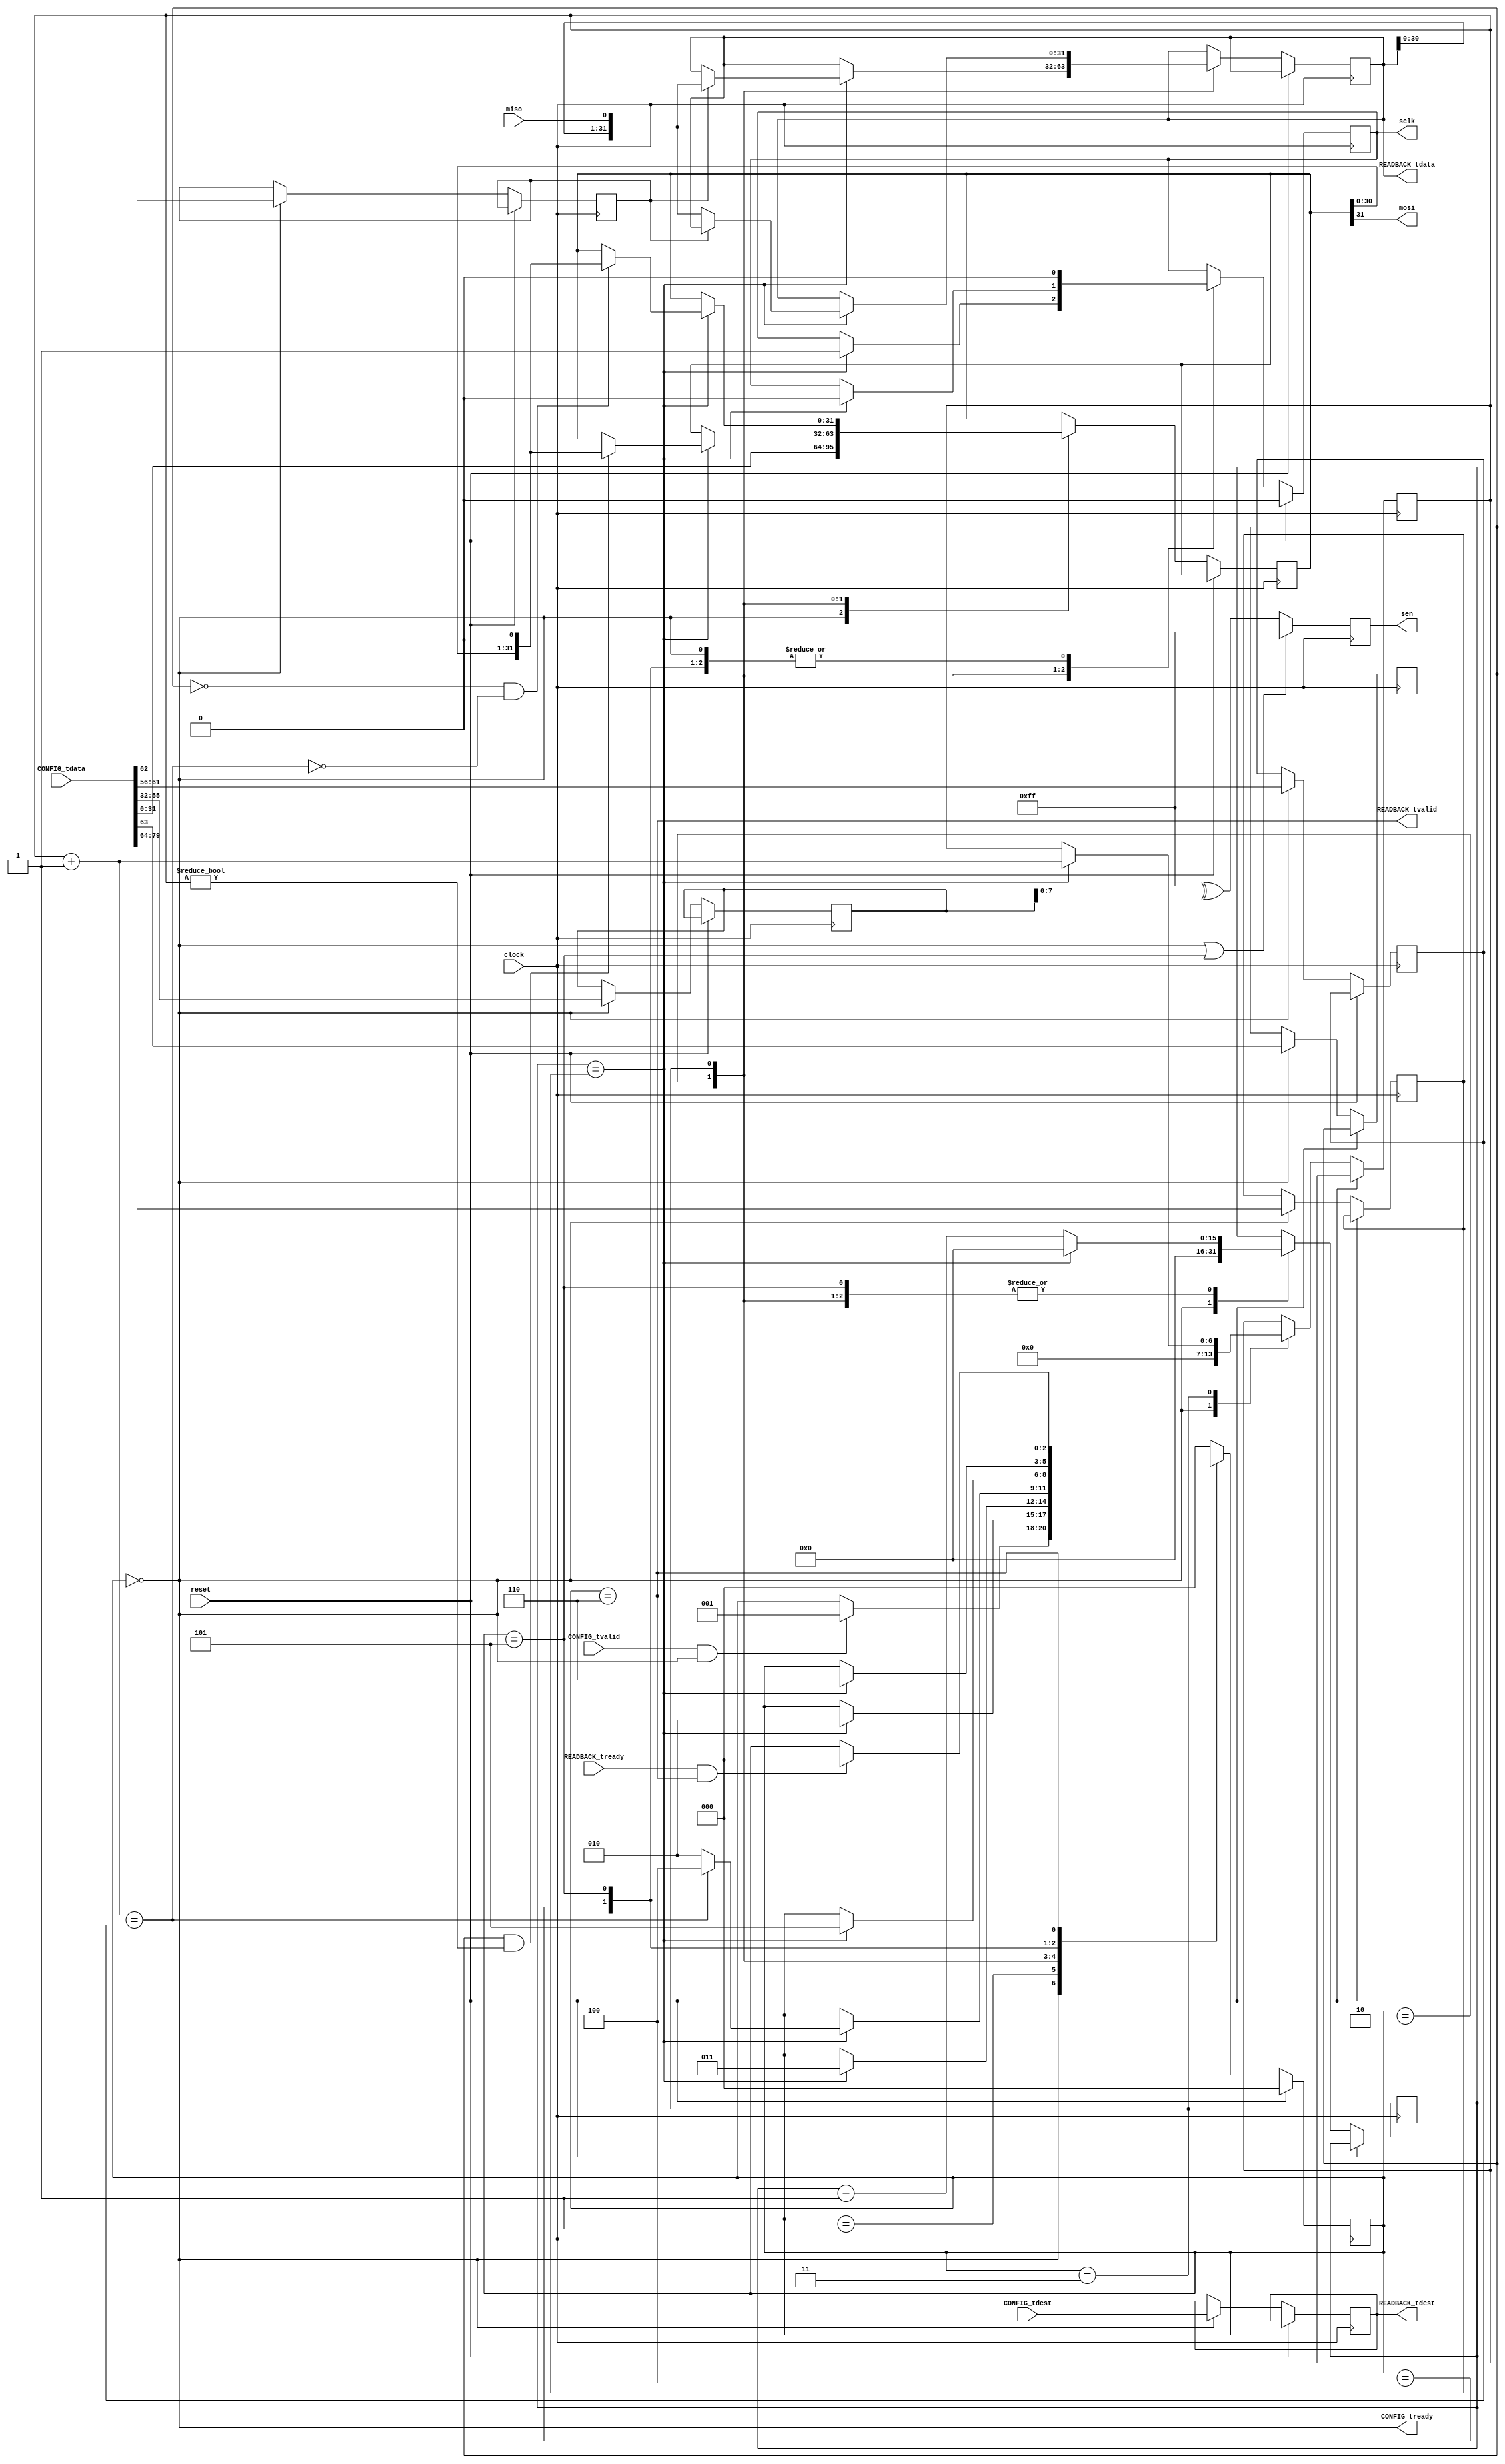
//
// Copyright 2012 Ettus Research LLC
//
// This program is free software: you can redistribute it and/or modify
// it under the terms of the GNU General Public License as published by
// the Free Software Foundation, either version 3 of the License, or
// (at your option) any later version.
//
// This program is distributed in the hope that it will be useful,
// but WITHOUT ANY WARRANTY; without even the implied warranty of
// MERCHANTABILITY or FITNESS FOR A PARTICULAR PURPOSE.  See the
// GNU General Public License for more details.
//
// You should have received a copy of the GNU General Public License
// along with this program.  If not, see <http://www.gnu.org/licenses/>.
//

// Simple SPI core, the simplest, yet complete spi core I can think of

// Settings register controlled.
// 2 settings regs, control and data
// 1 32-bit readback and status signal

// Settings reg map:
//
// BASE+0 divider setting
// bits [15:0] spi clock divider
//
// BASE+1 configuration input
// bits [23:0] slave select, bit0 = slave0 enabled
// bits [29:24] num bits (1 through 32)
// bit [30] data input edge = in data bit latched on rising edge of clock
// bit [31] data output edge = out data bit latched on rising edge of clock
//
// BASE+2 input data
// Writing this register begins a spi transaction.
// Bits are latched out from bit 0.
// Therefore, load this register in reverse.
//
// Readback
// Bits are latched into bit 0.
// Therefore, data will be in-order.

module axis_spi_core
    #(
        //set to 1 for ILA
        parameter DEBUG = 0,

        //tdest width for number of core users
        parameter DESTW = 1,

        //width of serial enables (up to 24 is possible)
        parameter WIDTH = 8,

        //idle state of the spi clock
        parameter CLK_IDLE = 0,

        //idle state of the serial enables
        parameter SEN_IDLE = 24'hffffff
    )
    (
        //clock and synchronous reset
        input clock, input reset,

        //configuration settings bus
        input [DESTW-1:0] CONFIG_tdest,
        input [79:0] CONFIG_tdata,
        input CONFIG_tvalid,
        output CONFIG_tready,

        //32-bit data readback
        output reg [DESTW-1:0] READBACK_tdest,
        output [31:0] READBACK_tdata,
        output READBACK_tvalid,
        input READBACK_tready,

        //spi interface, slave selects, clock, data in, data out
        output [WIDTH-1:0] sen,
        output sclk,
        output mosi,
        input miso
    );

    //state
    localparam WAIT_CONFIG = 0;
    localparam PRE_IDLE = 1;
    localparam CLK_REG = 2;
    localparam CLK_INV = 3;
    localparam POST_IDLE = 4;
    localparam IDLE_SEN = 5;
    localparam WAIT_READBACK = 6;
    reg [2:0] state;

    //configuration settings
    reg [15:0] sclk_divider;
    reg [23:0] slave_select;
    reg [5:0] num_bits;
    reg datain_edge, dataout_edge;

    //output ready/valid signals
    assign CONFIG_tready = (state == WAIT_CONFIG);
    assign READBACK_tvalid = (state == WAIT_READBACK);

    //serial clock either idles or is in one of two clock states
    reg sclk_reg;
    assign sclk = sclk_reg;

    //serial enables either idle or enabled based on state
    wire sen_is_idle = (state == WAIT_CONFIG) || (state == IDLE_SEN);
    wire [23:0] sen24 = (sen_is_idle)? SEN_IDLE : (SEN_IDLE ^ slave_select);
    reg [WIDTH-1:0] sen_reg;
    always @(posedge clock) sen_reg <= sen24[WIDTH-1:0];
    assign sen = sen_reg;

    //data output shift register
    reg [31:0] dataout_reg;
    wire [31:0] dataout_next = {dataout_reg[30:0], 1'b0};
    assign mosi = dataout_reg[31];

    //data input shift register
    reg [31:0] datain_reg;
    wire [31:0] datain_next = {datain_reg[30:0], miso};
    assign READBACK_tdata = datain_reg;

    //counter for spi clock
    reg [15:0] sclk_counter;
    wire sclk_counter_done = (sclk_counter == sclk_divider);
    wire [15:0] sclk_counter_next = (sclk_counter_done)? 0 : sclk_counter + 1;

    //counter for latching bits miso/mosi
    reg [6:0] bit_counter;
    wire [6:0] bit_counter_next = bit_counter + 1;
    wire bit_counter_done = (bit_counter_next == num_bits);

    always @(posedge clock) begin
        if (reset) begin
            state <= WAIT_CONFIG;
            sclk_reg <= CLK_IDLE;
        end
        else begin
            case (state)

            WAIT_CONFIG: begin
                if (CONFIG_tvalid && CONFIG_tready) begin
                    state <= PRE_IDLE;
                end
                {sclk_divider, dataout_edge, datain_edge, num_bits, slave_select, dataout_reg} <= CONFIG_tdata;
                READBACK_tdest <= CONFIG_tdest;
                sclk_counter <= 0;
                bit_counter <= 0;
                sclk_reg <= CLK_IDLE;
            end

            PRE_IDLE: begin
                if (sclk_counter_done) state <= CLK_REG;
                sclk_counter <= sclk_counter_next;
                sclk_reg <= CLK_IDLE;
            end

            CLK_REG: begin
                if (sclk_counter_done) begin
                    state <= CLK_INV;
                    if (datain_edge  != CLK_IDLE)                     datain_reg  <= datain_next;
                    if (dataout_edge != CLK_IDLE && bit_counter != 0) dataout_reg <= dataout_next;
                    sclk_reg <= ~CLK_IDLE; //transition to rising when CLK_IDLE == 0
                end
                sclk_counter <= sclk_counter_next;
            end

            CLK_INV: begin
                if (sclk_counter_done) begin
                    state <= (bit_counter_done)? POST_IDLE : CLK_REG;
                    bit_counter <= bit_counter_next;
                    if (datain_edge  == CLK_IDLE)                      datain_reg  <= datain_next;
                    if (dataout_edge == CLK_IDLE && ~bit_counter_done) dataout_reg <= dataout_next;
                    sclk_reg <= CLK_IDLE; //transition to falling when CLK_IDLE == 0
                end
                sclk_counter <= sclk_counter_next;
            end

            POST_IDLE: begin
                if (sclk_counter_done) state <= IDLE_SEN;
                sclk_counter <= sclk_counter_next;
                sclk_reg <= CLK_IDLE;
            end

            IDLE_SEN: begin
                if (sclk_counter_done) state <= WAIT_READBACK;
                sclk_counter <= sclk_counter_next;
                sclk_reg <= CLK_IDLE;
            end

            WAIT_READBACK: begin
                if (READBACK_tready && READBACK_tvalid) begin
                    state <= WAIT_CONFIG;
                end
            end

            default: state <= WAIT_CONFIG;

            endcase //state
        end
    end

    /*******************************************************************
     * Debug
     ******************************************************************/
    generate
    if (DEBUG == 1) begin
        wire [35:0] CONTROL0;
        chipscope_icon chipscope_icon
        (
            .CONTROL0(CONTROL0)
        );
        wire [255:0] DATA;
        wire [7:0] TRIG0;
        chipscope_ila chipscope_ila
        (
            .CONTROL(CONTROL0),
            .CLK(clock),
            .DATA(DATA),
            .TRIG0(TRIG0)
        );
        assign TRIG0 =
        {
            4'b0,
            CONFIG_tvalid, CONFIG_tready,
            READBACK_tvalid, READBACK_tready
        };

        assign DATA[79:0] = CONFIG_tdata;
        assign DATA[111:80] = READBACK_tdata;

        assign DATA[112] = CONFIG_tvalid;
        assign DATA[113] = CONFIG_tready;
        assign DATA[114] = READBACK_tvalid;
        assign DATA[115] = READBACK_tready;

        assign DATA[127:120] = state;
    end
    endgenerate

endmodule //axis_spi_core